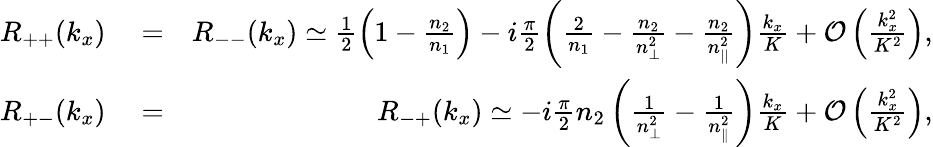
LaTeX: \begin{array}{rlr}{R_{++}(k_{x})}&{{}=}&{R_{--}(k_{x})\simeq\frac{1}{2}\left(1-\frac{n_{2}}{n_{1}}\right)-i\frac{\pi}{2}\left(\frac{2}{n_{1}}-\frac{n_{2}}{n_{\perp}^{2}}-\frac{n_{2}}{n_{||}^{2}}\right)\frac{k_{x}}{K}+{\cal O}\left(\frac{k_{x}^{2}}{K^{2}}\right),}\\ {R_{+-}(k_{x})}&{{}=}&{R_{-+}(k_{x})\simeq-i\frac{\pi}{2}n_{2}\left(\frac{1}{n_{\perp}^{2}}-\frac{1}{n_{\parallel}^{2}}\right)\frac{k_{x}}{K}+{\cal O}\left(\frac{k_{x}^{2}}{K^{2}}\right),}\end{array}